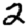
Digit: 2